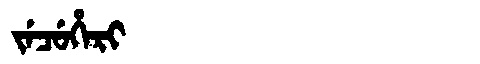
Manchu: ᠵᡝᠴᡠᡥᡝᡵᡳ
Romanization: JECUHERI